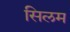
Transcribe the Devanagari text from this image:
सिलम